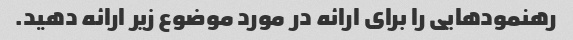
رهنمودهایی را برای ارائه در مورد موضوع زیر ارائه دهید.